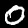
Label: 0